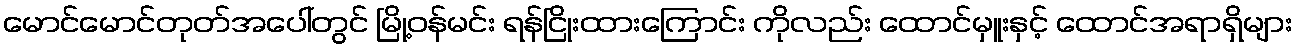
မောင်မောင်တုတ်အပေါ်တွင် မြို့ဝန်မင်း ရန်ငြိုးထားကြောင်း ကိုလည်း ထောင်မှူးနှင့် ထောင်အရာရှိများ